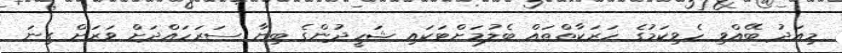
މިއަދު ބޭއްވި ހެވިކަމުގެ ހަރަކާތްތައް ބެލުމަށްޓަކައި ޝަހީދުންގެ ބިނާ ސަރަހައްދަށް ވަރަށް ގިނަ